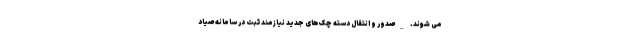
می شوند. _صدور و انتقال دسته چک‌های جدید نیازمند ثبت در سامانه صیاد